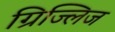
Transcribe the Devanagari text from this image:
ग्रिज्लिज